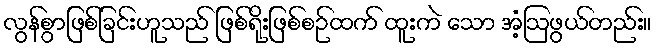
လွန်စွာဖြစ်ခြင်းဟူသည် ဖြစ်ရိုးဖြစ်စဉ်ထက် ထူးကဲ သော အံ့ဩဖွယ်တည်း။